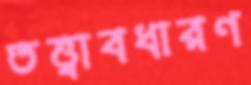
তত্ত্বাবধারণ